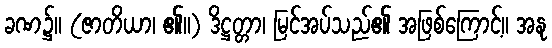
ခဏ၌။ (ဇာတိယာ၊ ၏။) ဒိဋ္ဌတ္တာ၊ မြင်အပ်သည်၏ အဖြစ်ကြောင့်။ အနု